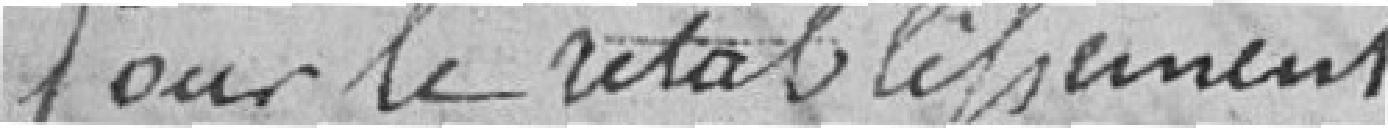
Pour le rétablissement